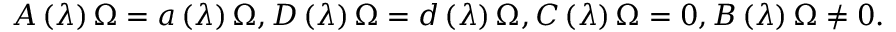
A \left( \lambda \right) \Omega = a \left( \lambda \right) \Omega , D \left( \lambda \right) \Omega = d \left( \lambda \right) \Omega , C \left( \lambda \right) \Omega = 0 , B \left( \lambda \right) \Omega \neq 0 .